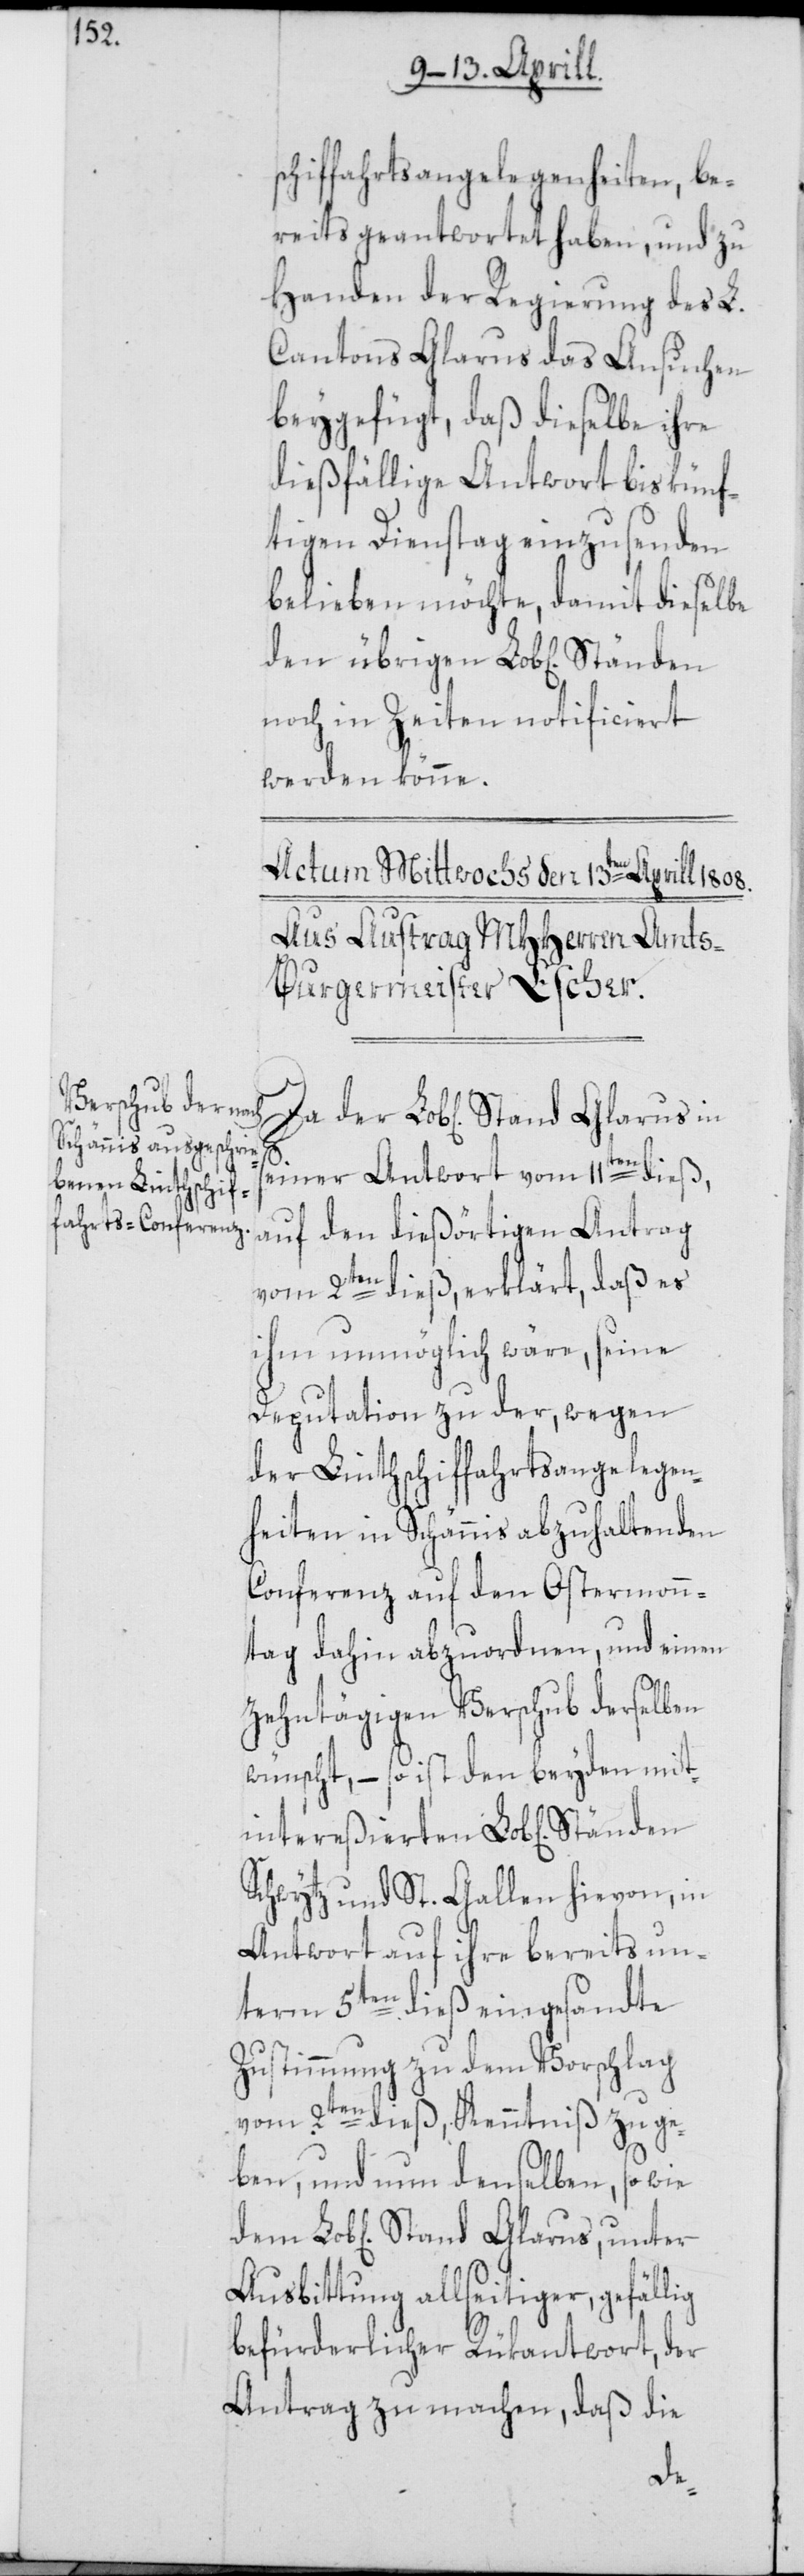
schiffahrtsangelegenheiten, be¬
reits geantwortet haben, und zu
Handen der Regierung des L.
Cantons Glarus das Ansuchen
beygefügt, daß dieselbe ihre
dießfällige Antwort bis künf¬
tigen Dienstag einzusenden
belieben möchte, damit dieselbe
noch in Zeiten notificiert
werden könne.
ig
einer Antwort vom 11ten dieß,
auf den dießörtigen Antrag
vom 2ten dieß, erklärt, daß es
ihm unmöglich wäre, seine
Deputation zu der, wegen
der Linthschiffahrtsangelegen¬
heiten in Schännis abzuhaltenden
Conferenz auf den Ostermon¬
ntag dahin abzuordnen, und einen
zehntägigen Verschub derselben
wünscht, – so ist den beyden mit¬
intereßierten Lob[lichen]
Schwytz und St. Gallen hievon, in
Antwort auf ihre bereits un¬
term 5ten dieß eingesandte
Zustimmung zu dem Vorschlag
vom 2ten dieß, Kenntniß zu ge¬
ben, und nun denselben, so wie
Ausbittung allseitiger, gefäll¬
befürderlicher Rükantwort, der
Antrag zu machen, daß die
dem